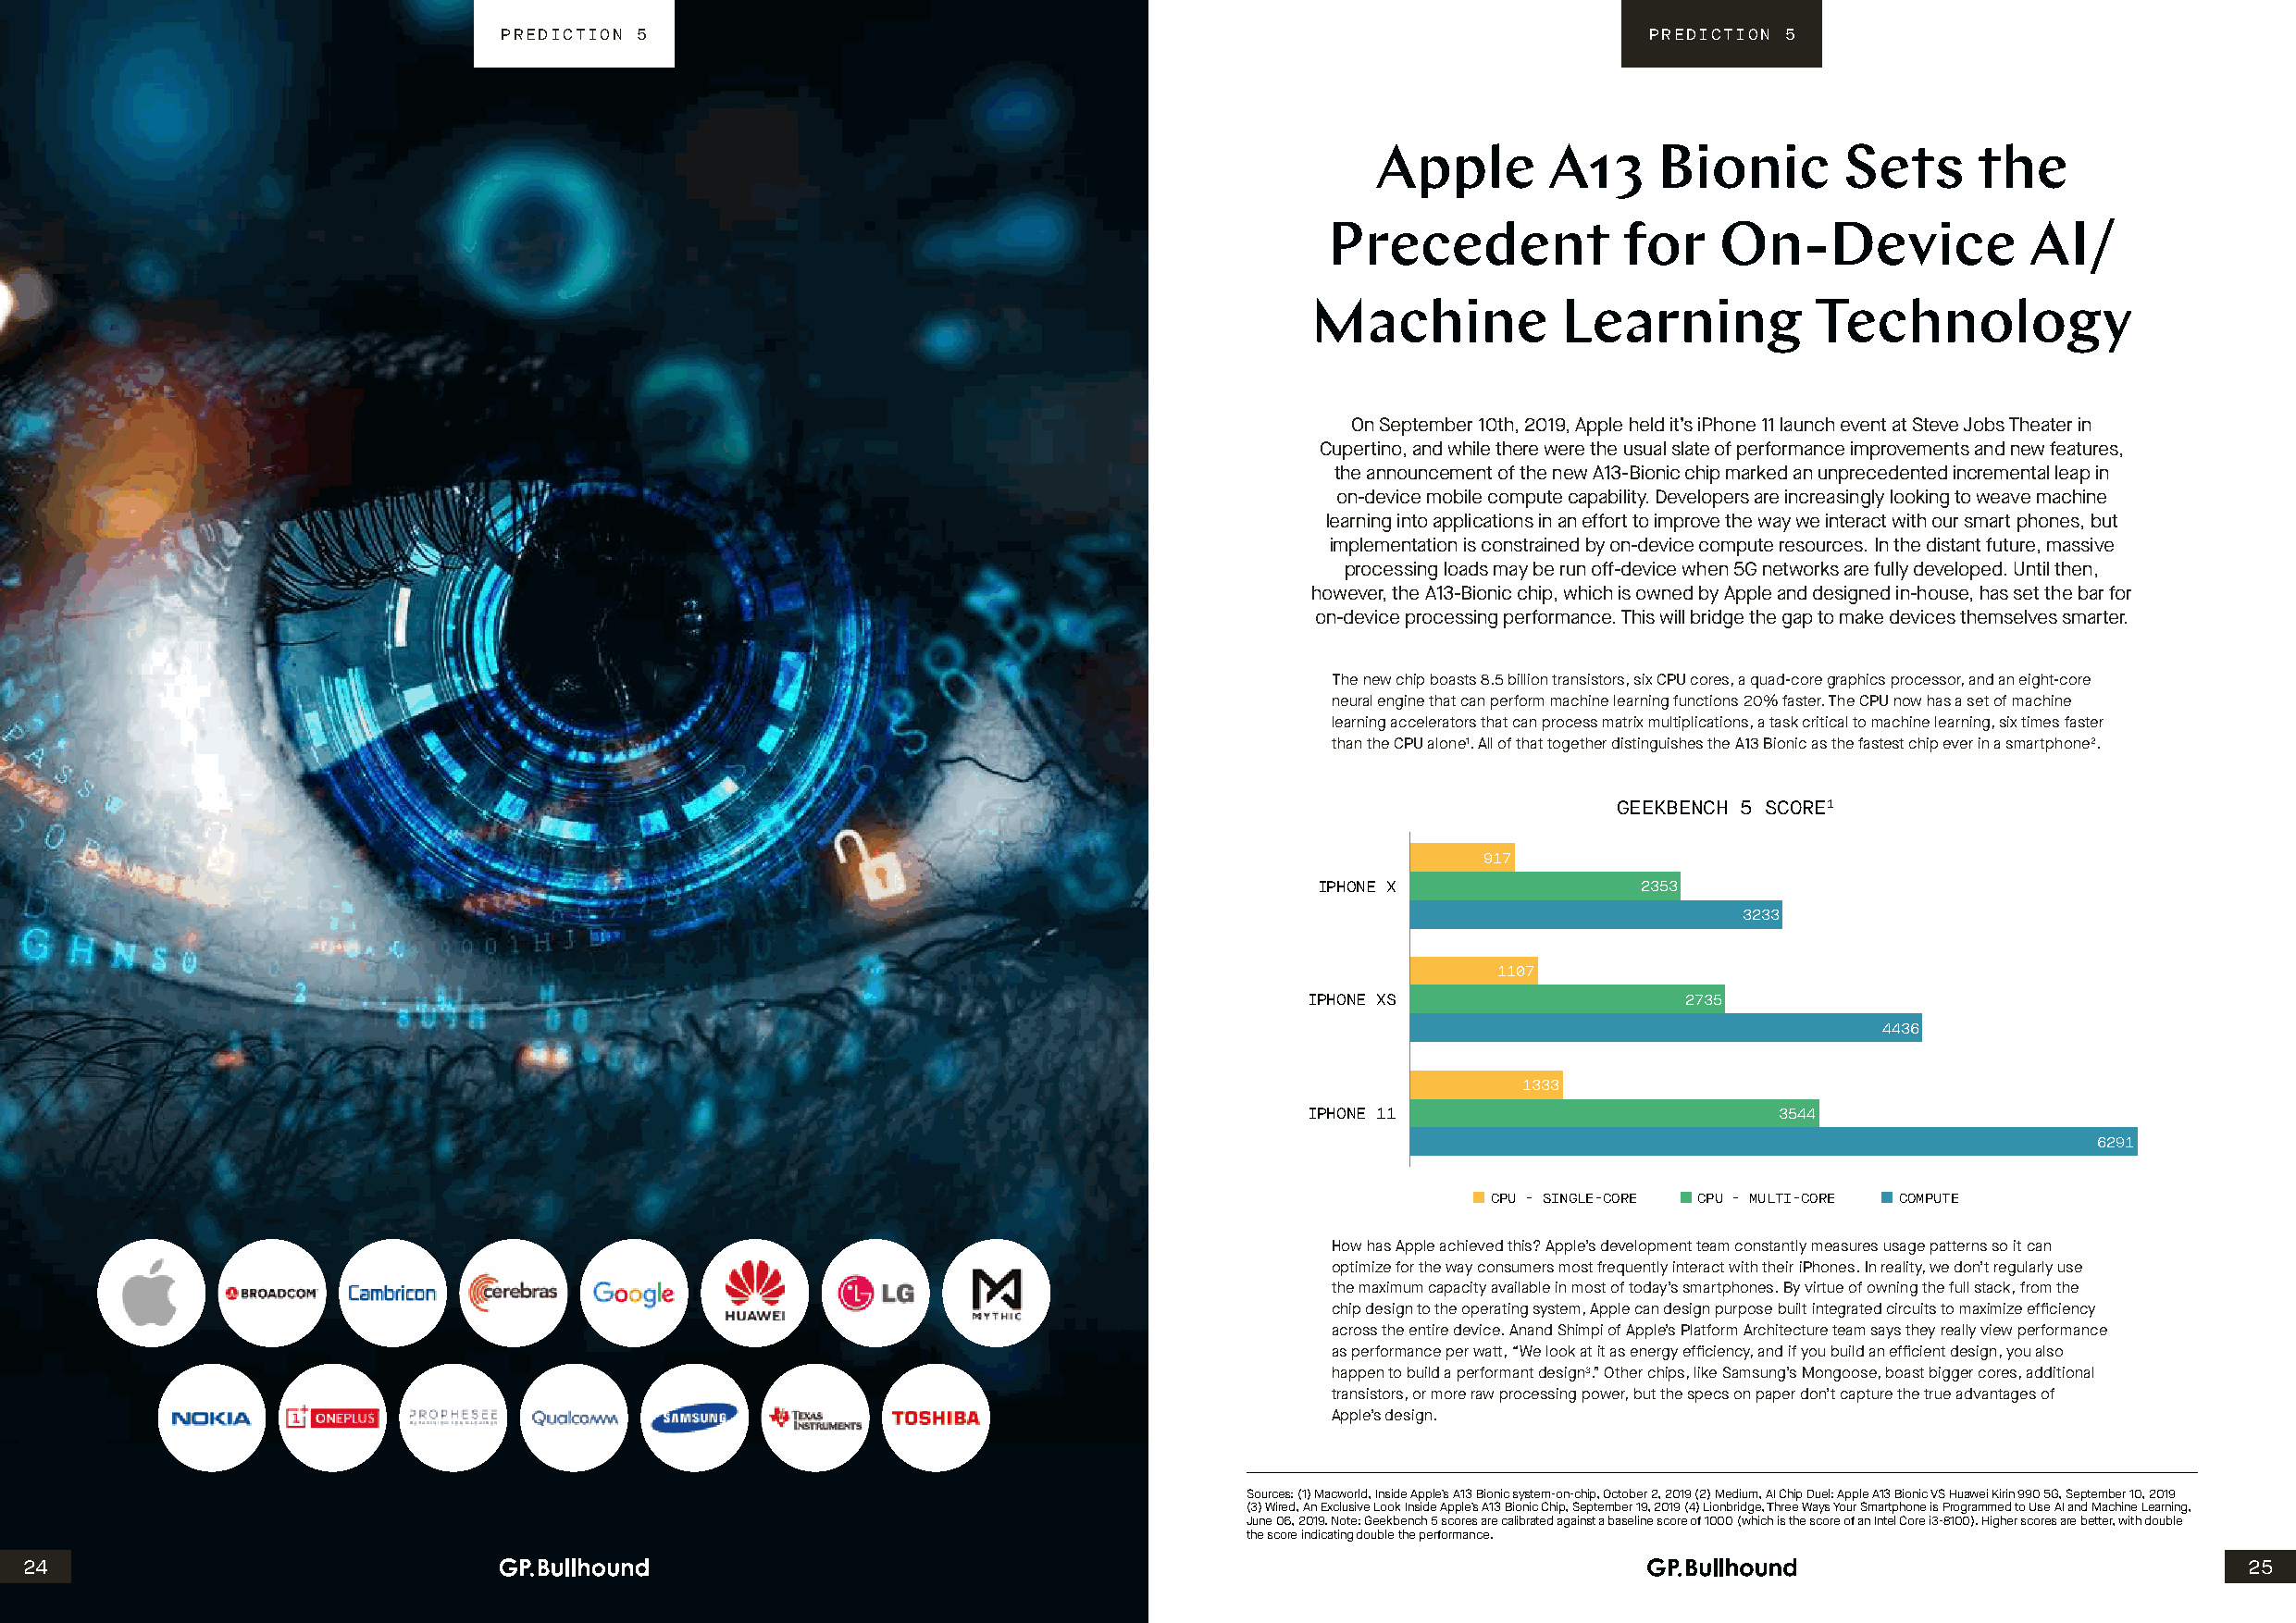
PREDICTION 5                                                                      PREDICTION 5
 Apple        A13     Bionic       Sets     the
 Precedent            for    On-Device             AI/
 Machine           Learning          Technology
 On September 10th, 2019, Apple held it’s iPhone 11 launch event at Steve Jobs Theater in
 Cupertino, and while there were the usual slate of performance improvements and new features,
 the announcement of the new A13-Bionic chip marked an unprecedented incremental leap in
 on-device mobile compute capability. Developers are increasingly looking to weave machine
 learning into applications in an effort to improve the way we interact with our smart phones, but
 implementation is constrained by on-device compute resources. In the distant future, massive
 processing loads may be run off-device when 5G networks are fully developed. Until then,
 however, the A13-Bionic chip, which is owned by Apple and designed in-house, has set the bar for
 on-device processing performance. This will bridge the gap to make devices themselves smarter.
 The new chip boasts 8.5 billion transistors, six CPU cores, a quad-core graphics processor, and an eight-core
 neural engine that can perform machine learning functions 20% faster. The CPU now has a set of machine
 learning accelerators that can process matrix multiplications, a task critical to machine learning, six times faster
 than the CPU alone1. All of that together distinguishes the A13 Bionic as the fastest chip ever in a smartphone2.
 GEEKBENCH 5 SCORE1
 917
 IPHONE X               2353
 3233
 1107
 IPHONE XS                  2735
 4436
 1333
 IPHONE 11                        3544
 6291
 CPU - SINGLE-CORE CPU - MULTI-CORE COMPUTE
 How has Apple achieved this? Apple’s development team constantly measures usage patterns so it can
 optimize for the way consumers most frequently interact with their iPhones. In reality, we don’t regularly use
 the maximum capacity available in most of today’s smartphones. By virtue of owning the full stack, from the
 chip design to the operating system, Apple can design purpose built integrated circuits to maximize efficiency
 across the entire device. Anand Shimpi of Apple’s Platform Architecture team says they really view performance
 as performance per watt, “We look at it as energy efficiency, and if you build an efficient design, you also
 happen to build a performant design3.” Other chips, like Samsung’s Mongoose, boast bigger cores, additional
 transistors, or more raw processing power, but the specs on paper don’t capture the true advantages of
 Apple’s design.
 Sources: (1) Macworld, Inside Apple’s A13 Bionic system-on-chip, October 2, 2019 (2) Medium, AI Chip Duel: Apple A13 Bionic VS Huawei Kirin 990 5G, September 10, 2019
 (3) Wired, An Exclusive Look Inside Apple’s A13 Bionic Chip, September 19, 2019 (4) Lionbridge, Three Ways Your Smartphone is Programmed to Use AI and Machine Learning,
 June 06, 2019. Note: Geekbench 5 scores are calibrated against a baseline score of 1000 (which is the score of an Intel Core i3-8100). Higher scores are better, with double
 the score indicating double the performance.
 24                                                                                                                                                             25